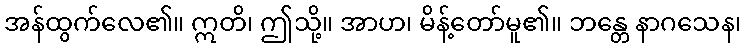
အန်ထွက်လေ၏။ ဣတိ၊ ဤသို့။ အာဟ၊ မိန့်တော်မူ၏။ ဘန္တေ နာဂသေန၊